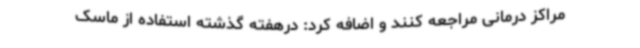
مراکز درمانی مراجعه کنند و اضافه کرد: درهفته گذشته استفاده از ماسک